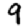
Digit: 9